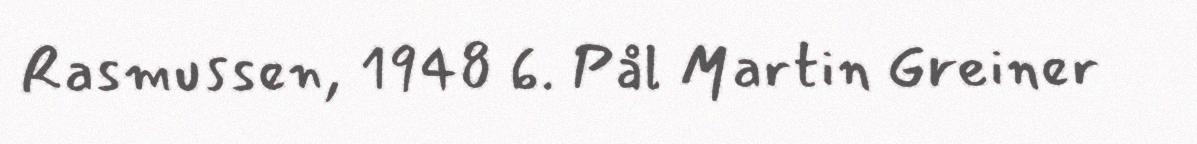
Rasmussen, 1948 6. Pål Martin Greiner